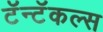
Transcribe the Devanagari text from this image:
टॅन्टॅकल्स